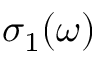
\sigma _ { 1 } ( \omega )